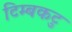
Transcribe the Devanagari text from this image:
टिम्बकटु